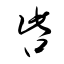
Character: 呰